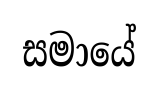
සමායේ